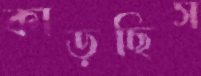
কাড়ছিস